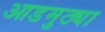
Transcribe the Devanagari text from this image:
आडमुठ्या